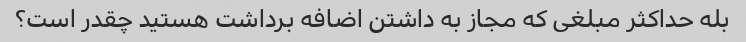
بله حداکثر مبلغی که مجاز به داشتن اضافه برداشت هستید چقدر است؟